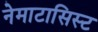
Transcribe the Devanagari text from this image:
नेमाटासिस्ट